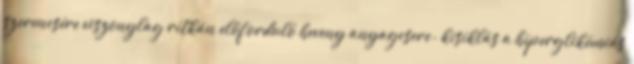
szerencsére viszonylag ritkán előforduló heveny anyagcsere- kisiklás a hiperglikémiás